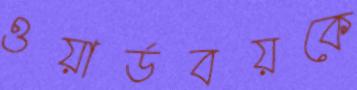
ওয়ার্ডবয়কে